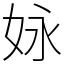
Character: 𡛻